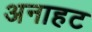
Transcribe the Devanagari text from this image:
अनाहट